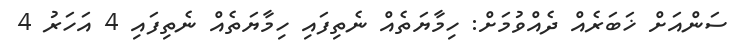
ސަންއަށް ޚަބަރެއް ދެއްވުމަށް: ހިމާޔަތެއް ނެތިފައި ހިމާޔަތެއް ނެތިފައި 4 އަހަރު 4